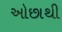
ઓછાથી